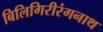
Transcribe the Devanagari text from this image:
बिलिगिरीरंगनाथ